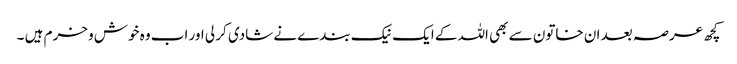
کچھ عرصہ بعد ان خاتون سے بھی اللہ کے ایک نیک بندے نے شادی کر لی اور اب وہ خوش و خرم ہیں ۔